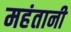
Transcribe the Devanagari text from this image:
महंतानी